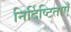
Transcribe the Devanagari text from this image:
निर्दिष्टिताएँ